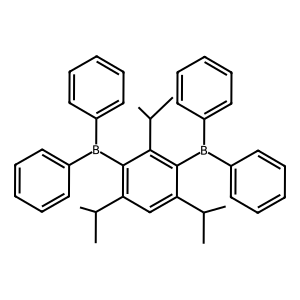
SMILES: CC(C)c1cc(C(C)C)c(B(c2ccccc2)c2ccccc2)c(C(C)C)c1B(c1ccccc1)c1ccccc1
Inhibits HIV replication: No